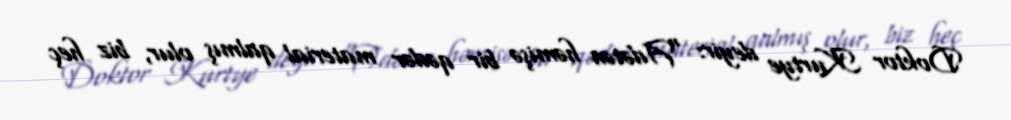
Doktor Kurtye deyir: “Adətən həmişə bir qədər material qalmış olur, biz heç